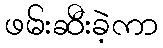
ဖမ်းဆီးခဲ့ကာ